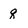
Character: q